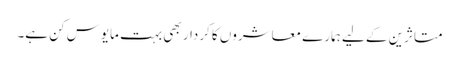
متاثرین کے لیے ہمارے معاشروں کا کردار بھی بہت مایوس کن ہے۔